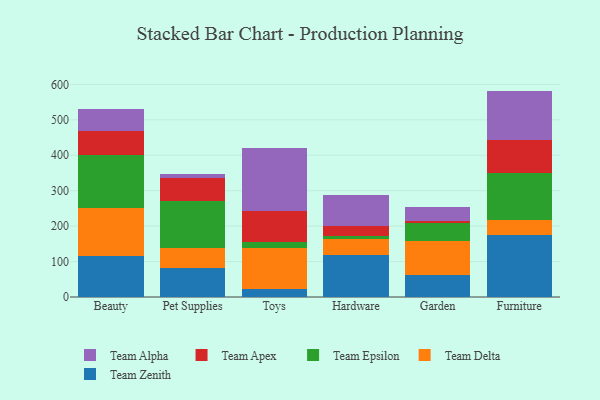
{"axis": {"x": "Category", "y": "Backlog"}, "legend": ["Team Alpha", "Team Apex", "Team Delta", "Team Epsilon", "Team Zenith"], "data": [{"x": "Beauty", "y": 116.8, "type": "Team Zenith"}, {"x": "Beauty", "y": 134.8, "type": "Team Delta"}, {"x": "Beauty", "y": 149.7, "type": "Team Epsilon"}, {"x": "Beauty", "y": 66.1, "type": "Team Apex"}, {"x": "Beauty", "y": 62.3, "type": "Team Alpha"}, {"x": "Pet Supplies", "y": 83.1, "type": "Team Zenith"}, {"x": "Pet Supplies", "y": 54.6, "type": "Team Delta"}, {"x": "Pet Supplies", "y": 134.6, "type": "Team Epsilon"}, {"x": "Pet Supplies", "y": 64.9, "type": "Team Apex"}, {"x": "Pet Supplies", "y": 9.3, "type": "Team Alpha"}, {"x": "Toys", "y": 23.1, "type": "Team Zenith"}, {"x": "Toys", "y": 115.9, "type": "Team Delta"}, {"x": "Toys", "y": 15.9, "type": "Team Epsilon"}, {"x": "Toys", "y": 87.5, "type": "Team Apex"}, {"x": "Toys", "y": 177.1, "type": "Team Alpha"}, {"x": "Hardware", "y": 119.9, "type": "Team Zenith"}, {"x": "Hardware", "y": 43.3, "type": "Team Delta"}, {"x": "Hardware", "y": 8.1, "type": "Team Epsilon"}, {"x": "Hardware", "y": 30.2, "type": "Team Apex"}, {"x": "Hardware", "y": 86.6, "type": "Team Alpha"}, {"x": "Garden", "y": 61.3, "type": "Team Zenith"}, {"x": "Garden", "y": 95.4, "type": "Team Delta"}, {"x": "Garden", "y": 52.4, "type": "Team Epsilon"}, {"x": "Garden", "y": 5.5, "type": "Team Apex"}, {"x": "Garden", "y": 40.2, "type": "Team Alpha"}, {"x": "Furniture", "y": 174.3, "type": "Team Zenith"}, {"x": "Furniture", "y": 41.9, "type": "Team Delta"}, {"x": "Furniture", "y": 135.1, "type": "Team Epsilon"}, {"x": "Furniture", "y": 92.7, "type": "Team Apex"}, {"x": "Furniture", "y": 137.8, "type": "Team Alpha"}]}